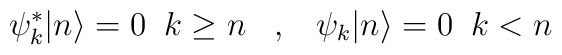
\psi^{\ast}_{k}|n \rangle = 0 \;\; k\geq n \;\;\;, \;\;\; \psi_{k}|n\rangle = 0 \;\; k<n